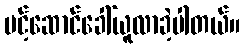
ပင့်ဆောင်ခေါ်ယူလာခဲ့ပါတယ်။